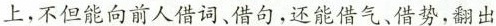
上，不但能向前人借词、借句，还能借气、借势，翻出